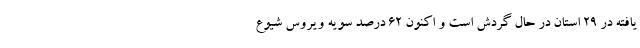
یافته در ۲۹ استان در حال گردش است و اکنون ۶۲ درصد سویه ویروس شیوع